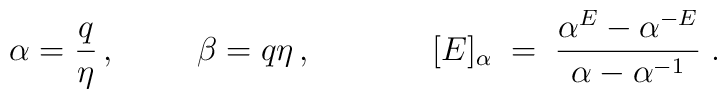
\alpha=\frac q\eta \,,\hspace{1cm}\beta=q\eta \,,\hspace{1.5cm}[E]_{\alpha} \;=\; \frac{\alpha^{E}-\alpha^{-E}}{\alpha-\alpha^{-1}}\;.